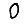
Digit: 0